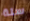
سلة